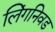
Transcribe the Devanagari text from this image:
लिंगनिवड